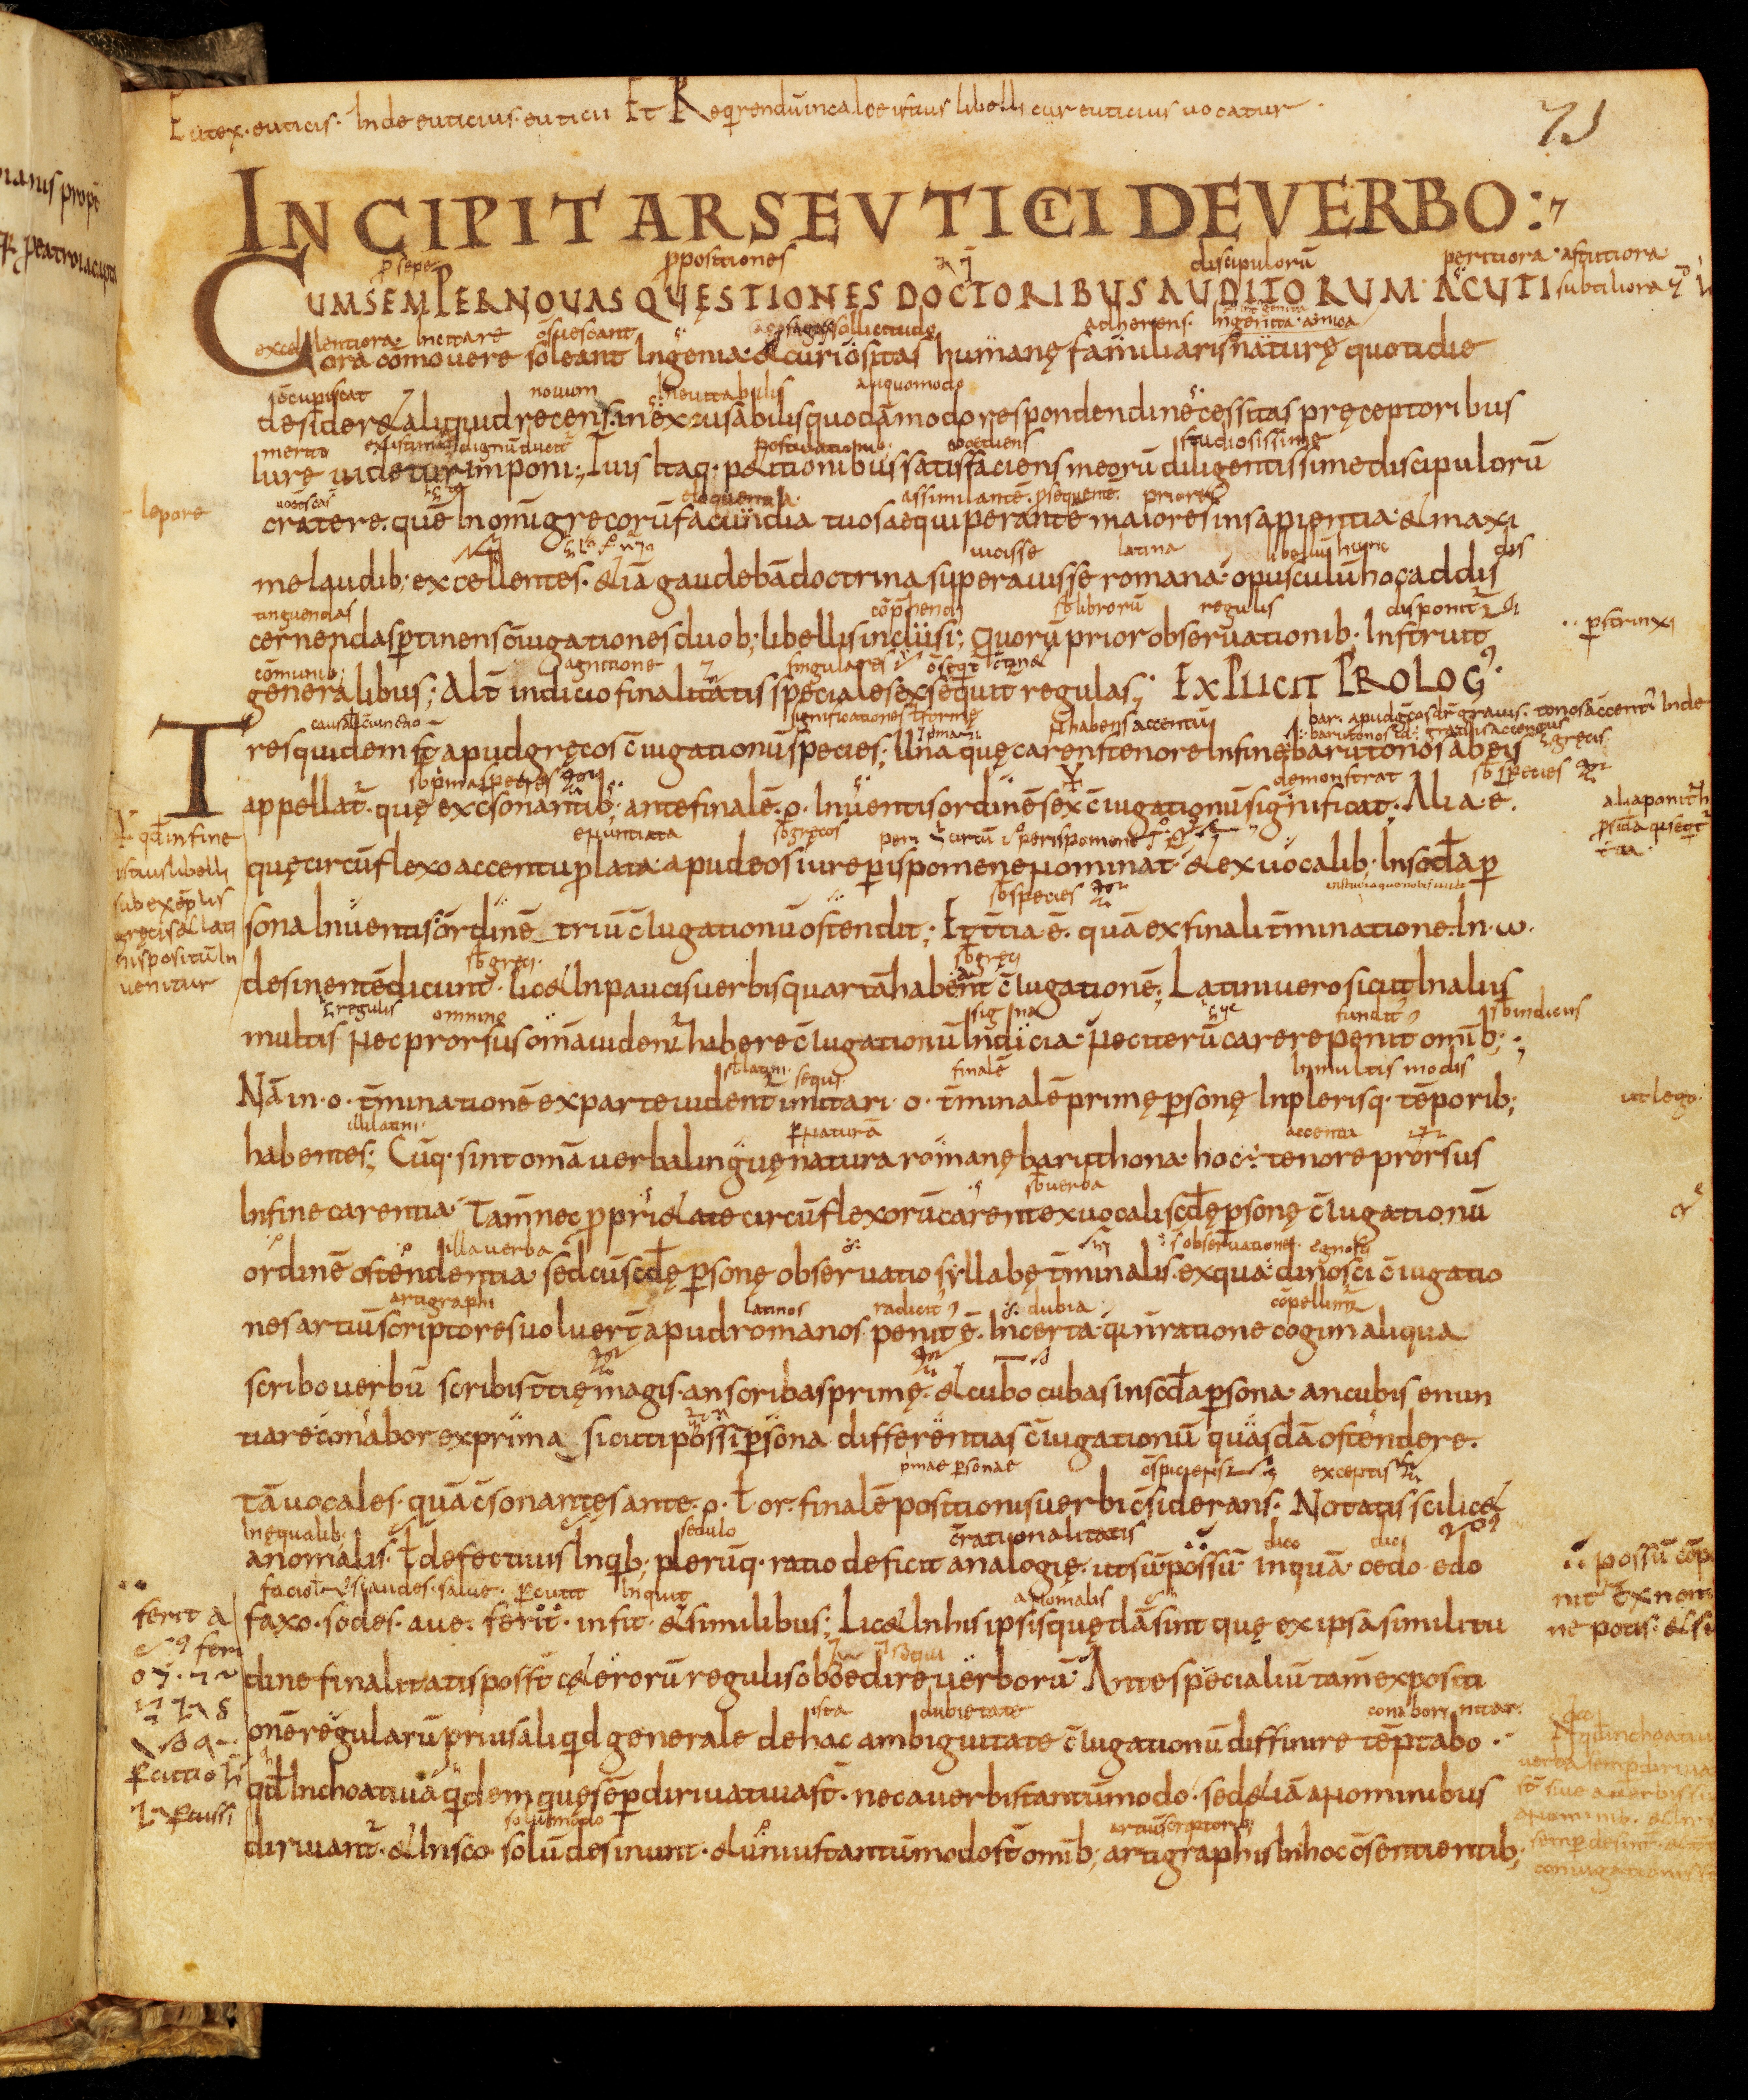
Shelfmark: Bamberg, Staatsbibliothek, MS Class. 30
Century: 9